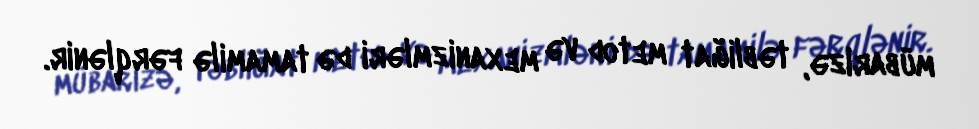
mübarizə, təbliğat metod və mexanizmləri də tamamilə fərqlənir.